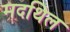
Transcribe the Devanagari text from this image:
मदथिल